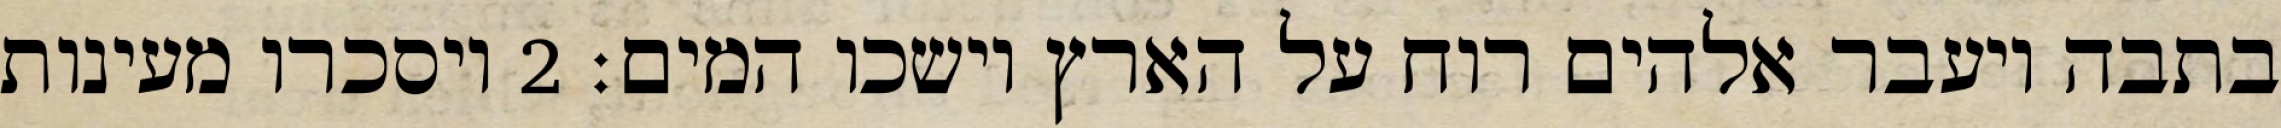
בתבה ויעבר אלהים רוח על הארץ וישכו המים׃ ‎2‏ ויסכרו מעינות